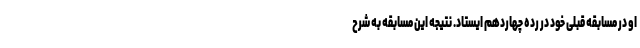
او در مسابقه قبلی خود در رده چهاردهم ایستاد. نتیجه این مسابقه به شرح